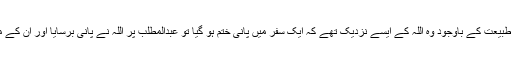
مگر عبدالمطلب کی ایسی ظالمانہ طبیعت کے باوجود وہ اللہ کے ایسے نزدیک تھے کہ ایک سفر میں پانی ختم ہو گیا تو عبدالمطلب پر اللہ نے پانی برسایا اور ان کے مخالفین پر ایک قطرہ تک نہ برسا۔